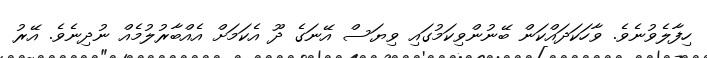
ހިފާލެވުނެވެ. ވާހަކަދައްކަން ބޭނުންވިކަމުގައި ވިޔަސް އޭނަގެ ދޫ އެކަމަށް އެއްބާރުލުމެއް ނުދިނެވެ. އޭރު